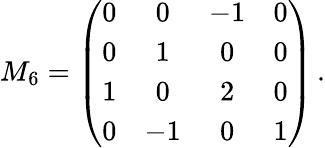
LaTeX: M_{6}=\left(\begin{array}{cccc}{{0}}&{{0}}&{{-1}}&{{0}}\\ {{0}}&{{1}}&{{0}}&{{0}}\\ {{1}}&{{0}}&{{2}}&{{0}}\\ {{0}}&{{-1}}&{{0}}&{{1}}\end{array}\right)\, .